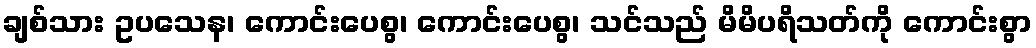
ချစ်သား ဥပသေန၊ ကောင်းပေစွ၊ ကောင်းပေစွ၊ သင်သည် မိမိပရိသတ်ကို ကောင်းစွာ